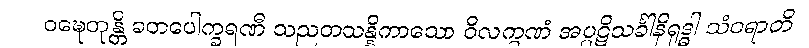
ဝဍ္ဎေတုန္တိ ခတပေါက္ခရဏီ သညတသန္နိကာသော ဝိလက္ခဏံ အပ္ပဋိသင်္ခါနိရုဒ္ဓါ သံဝရာတိ